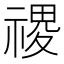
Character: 禝